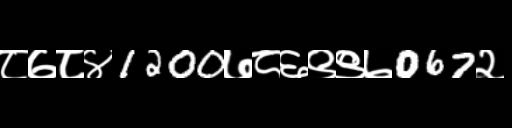
Text: ८७८४1200७८६९९७067२